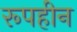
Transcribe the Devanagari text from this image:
रूपहीन